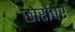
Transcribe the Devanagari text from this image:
छोरोंपर